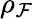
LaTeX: \rho_{\mathcal{F}}